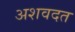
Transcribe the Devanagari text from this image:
अशवदत